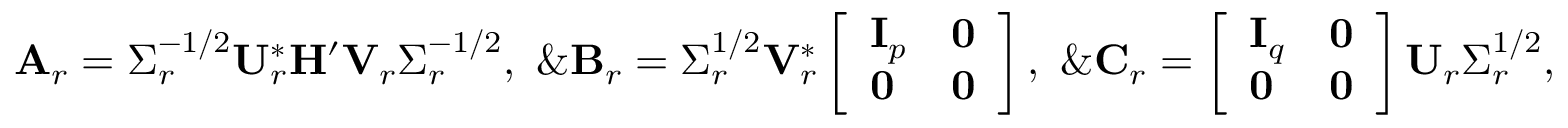
\begin{array} { r l } & { \mathbf { A } _ { r } = \boldsymbol { \Sigma } _ { r } ^ { - 1 / 2 } \mathbf { U } _ { r } ^ { * } \mathbf { H } ^ { \prime } \mathbf { V } _ { r } \boldsymbol { \Sigma } _ { r } ^ { - 1 / 2 } , \ \& \mathbf { B } _ { r } = \boldsymbol { \Sigma } _ { r } ^ { 1 / 2 } \mathbf { V } _ { r } ^ { * } \left[ \begin{array} { l l } { \mathbf { I } _ { p } } & { \mathbf { 0 } } \\ { \mathbf { 0 } } & { \mathbf { 0 } } \end{array} \right] , \ \& \mathbf { C } _ { r } = \left[ \begin{array} { l l } { \mathbf { I } _ { q } } & { \mathbf { 0 } } \\ { \mathbf { 0 } } & { \mathbf { 0 } } \end{array} \right] \mathbf { U } _ { r } \boldsymbol { \Sigma } _ { r } ^ { 1 / 2 } , } \end{array}